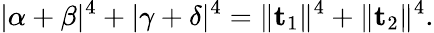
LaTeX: \lvert\alpha+\beta\rvert^{4}+\lvert\gamma+\delta\rvert^{4}=\lVert\mathbf{t}_{1}\rVert^{4}+\lVert\mathbf{t}_{2}\rVert^{4}.